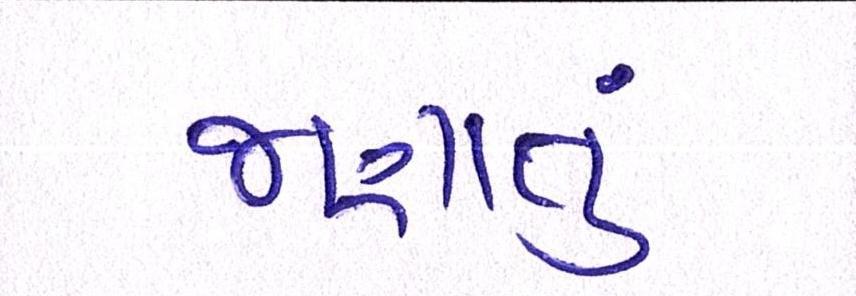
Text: જણાતું